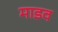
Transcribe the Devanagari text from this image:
माडव